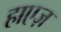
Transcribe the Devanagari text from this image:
हाएज़